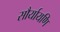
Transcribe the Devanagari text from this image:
सौर्यायणि